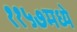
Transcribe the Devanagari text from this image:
११५७मध्ये